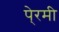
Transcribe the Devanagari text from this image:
पे्रमी